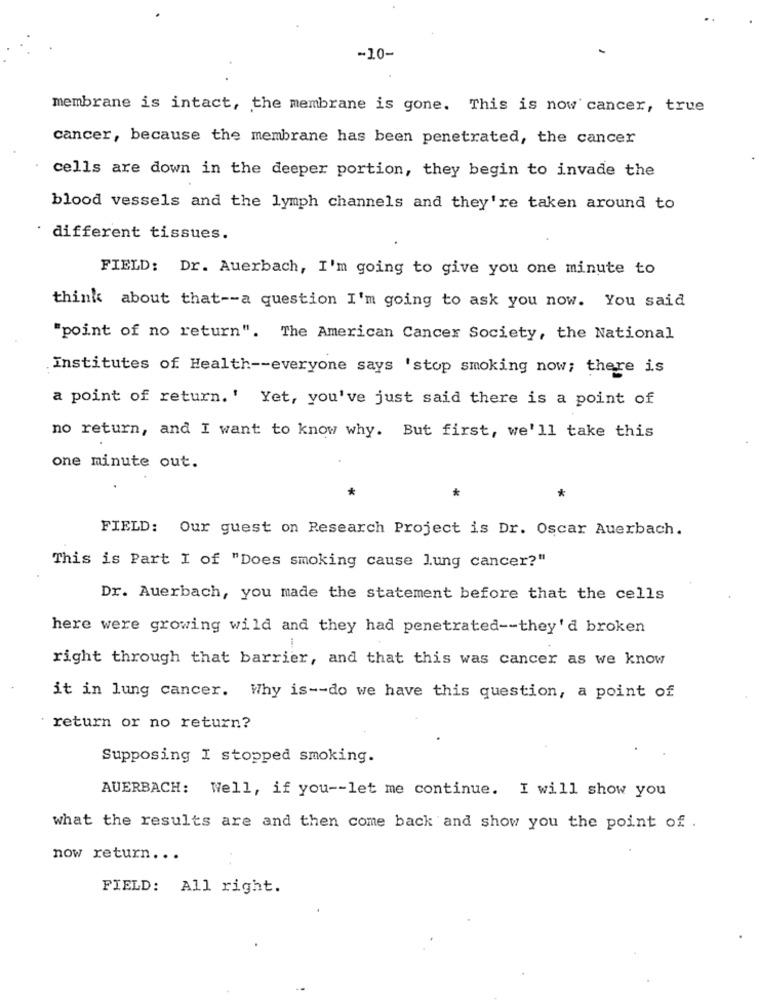
-10-
membrane is intact, the membrane is gone. This is now cancer, true
cancer, because the membrane has been penetrated, the cancer
cells are down in the deeper portion, they begin to invade the
blood vessels and the lymph channels and they're taken around to
different tissues.
FIELD: Dr. Auerbach, I'm going to give you one minute to
think about that -- a question I'm going to ask you now. You said
"point of no return". The American Cancer Society, the National
Institutes of Health -- everyone says 'stop smoking now; there is
a point of return. ' Yet, you've just said there is a point of
no return, and I want to know why. But first, we'll take this
one minute out.
*
*
FIELD: Our guest on Research Project is Dr. Oscar Auerbach.
This is Part I of "Does smoking cause lung cancer?"
Dr. Auerbach, you made the statement before that the cells
here were growing wild and they had penetrated -- they'd broken
right through that barrier, and that this was cancer as we know
it in lung cancer. Why is -- do we have this question, a point of
return or no return?
Supposing I stopped smoking.
AUERBACH: Well, if you -- let me continue. I will show you
what the results are and then come back and show you the point of .
now return ...
FIELD: All right.